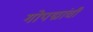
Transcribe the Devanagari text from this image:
गोपद्मांची